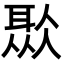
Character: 𦖏